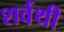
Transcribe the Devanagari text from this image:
शर्वथी